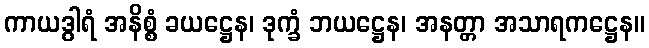
ကာယဒွါရံ အနိစ္စံ ခယဋ္ဌေန၊ ဒုက္ခံ ဘယဋ္ဌေန၊ အနတ္တာ အသာရကဋ္ဌေန။